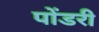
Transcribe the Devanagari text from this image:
पोंडरी